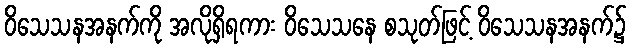
ဝိသေသနအနက်ကို အလိုရှိရကား ဝိသေသနေ စသုတ်ဖြင့် ဝိသေသနအနက်၌